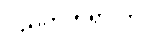
ပညတ်တရားကို